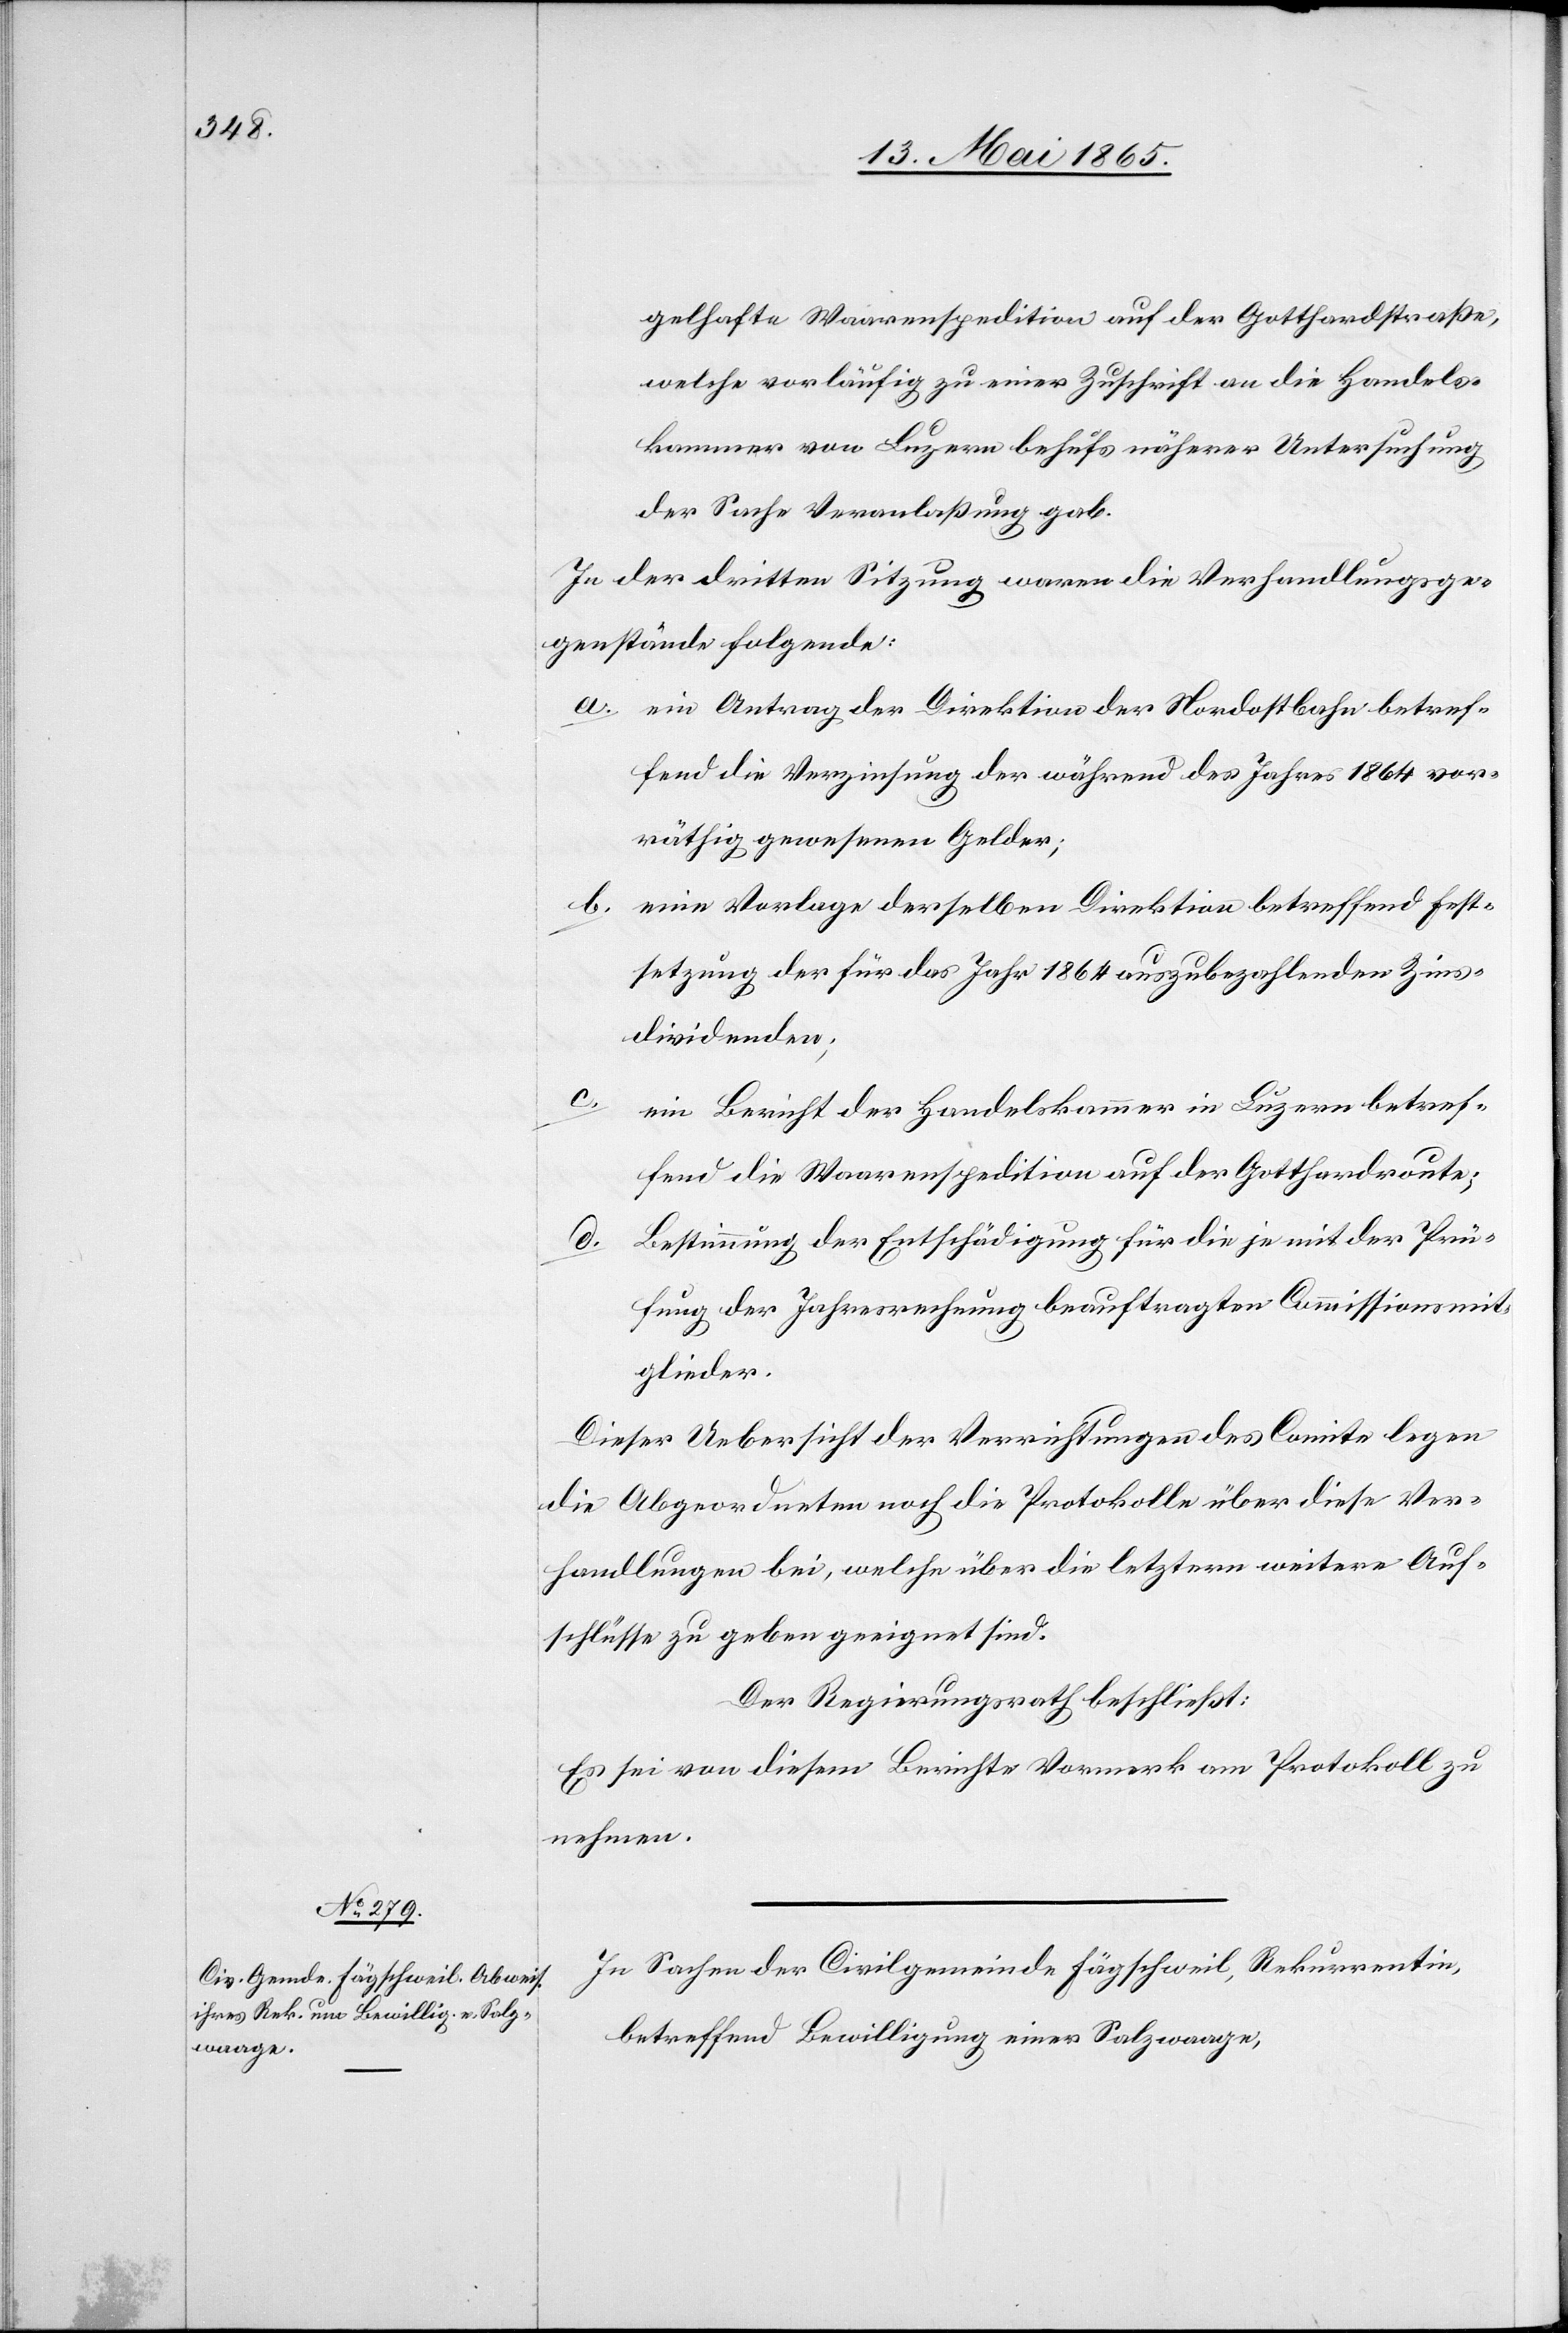
gelhafte Waarenspedition auf der Gotthardstraße,
welche vorläufig zu einer Zuschrift an die Handels¬
kammer von Luzern behufs näherer Untersuchung
der Sache Veranlaßung gab.
In der dritten Sitzung waren die Verhandlungsge¬
genstände folgende:
a. ein Antrag der Direktion der Nordostbahn betref¬
fend die Verzinsung der während des Jahres 1864 vor¬
räthig gewesenen Gelder;
b. eine Vorlage derselben Direktion betreffend Fest¬
setzung der für das Jahr 1864 auszubezahlenden Zins¬
dividenden;
c.
ein Bericht der Handelskammer in Luzern betref¬
fend die Waarenspedition auf der Gotthardroute;
Bestimmung der Entschädigung für die je mit der Prü¬
fung der Jahresrechnung beauftragten Commissionsmit¬
glieder.
Dieser Uebersicht der Verrichtungen des Comite legen
die Abgeordneten noch die Protokolle über diese Ver¬
handlungen bei, welche über die letztern weitere Auf¬
schlüsse zu geben geeignet sind.
Der Regierungsrath beschließt:
Es sei von diesem Berichte Vormerk am Protokoll zu
nehmen.
In Sachen der Civilgemeinde Fägschweil, Rekurrentin,
betreffend Bewilligung einer Salzwaage,